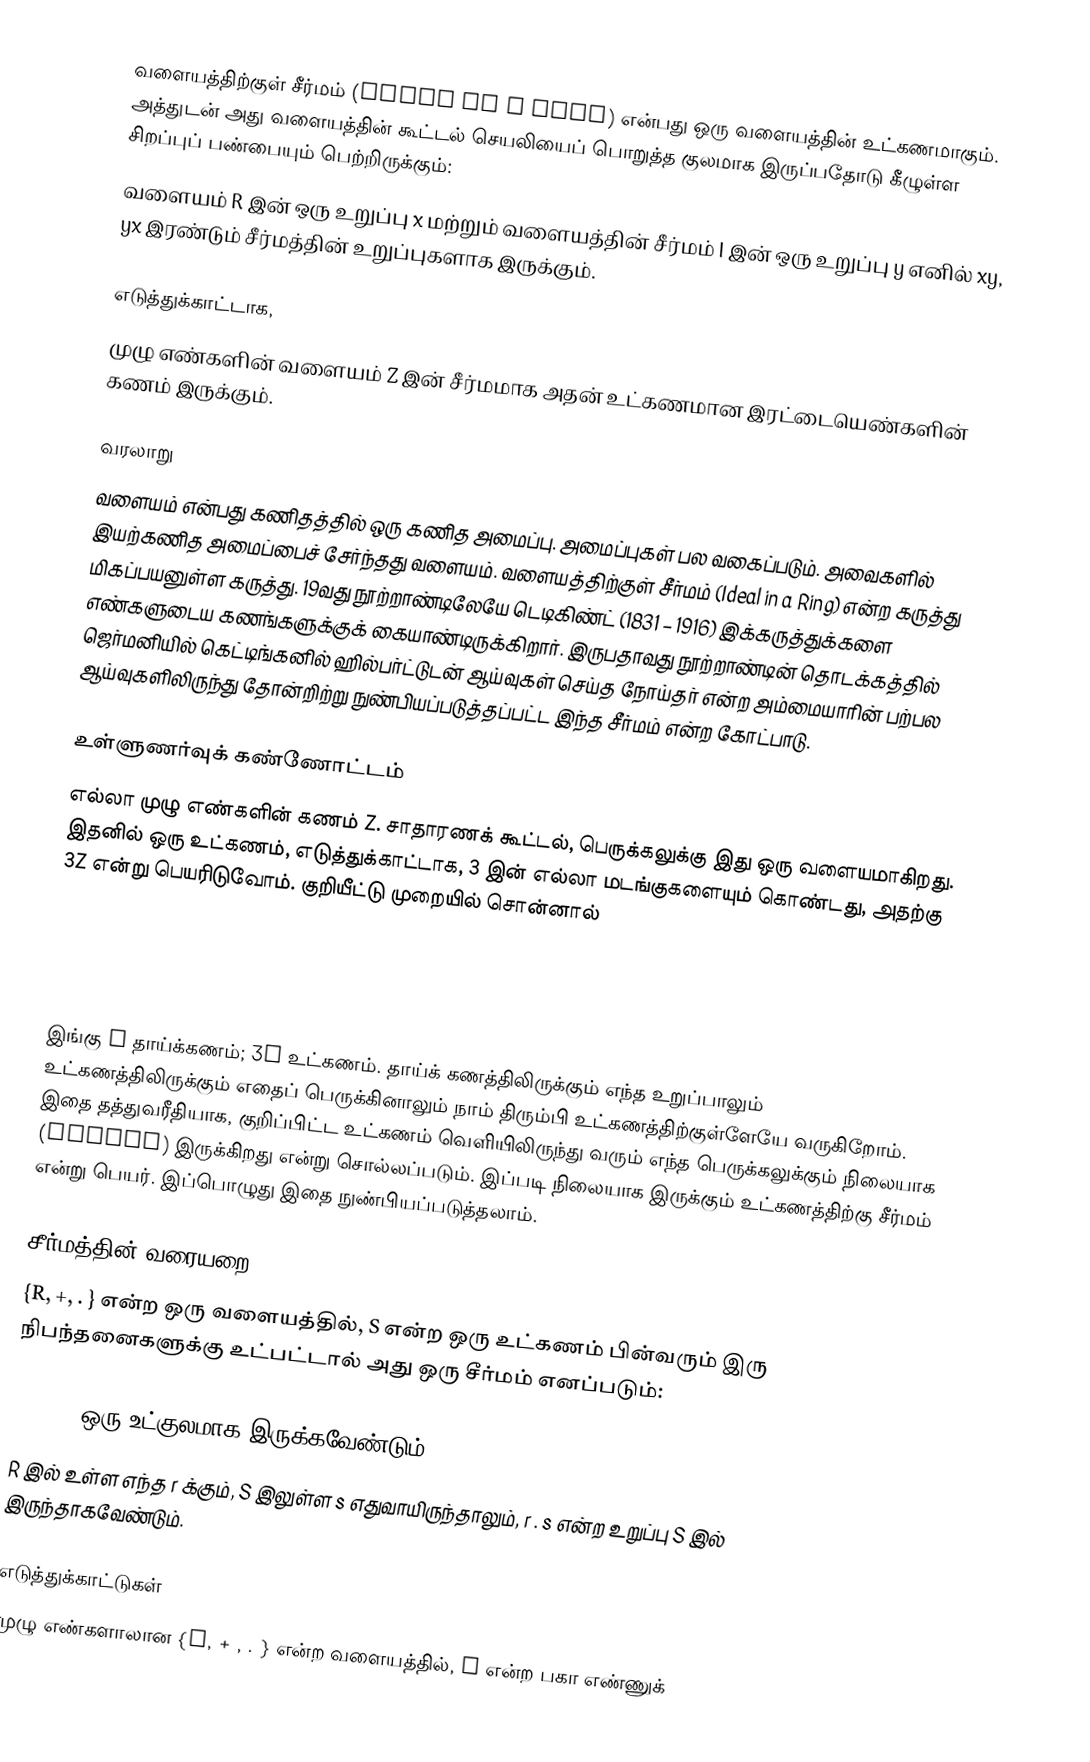
வளையத்திற்குள் சீர்மம் (Ideal in a Ring) என்பது ஒரு வளையத்தின் உட்கணமாகும். அத்துடன் அது வளையத்தின் கூட்டல் செயலியைப் பொறுத்த குலமாக இருப்பதோடு கீழுள்ள சிறப்புப் பண்பையும் பெற்றிருக்கும்:
வளையம் R இன் ஒரு உறுப்பு x மற்றும் வளையத்தின் சீர்மம் I இன் ஒரு உறுப்பு y எனில் xy, yx இரண்டும் சீர்மத்தின் உறுப்புகளாக இருக்கும்.

எடுத்துக்காட்டாக,
முழு எண்களின் வளையம் Z இன் சீர்மமாக அதன் உட்கணமான இரட்டையெண்களின் கணம் இருக்கும்.

வரலாறு
வளையம் என்பது கணிதத்தில் ஒரு கணித அமைப்பு. அமைப்புகள் பல வகைப்படும். அவைகளில் இயற்கணித அமைப்பைச் சேர்ந்தது வளையம். வளையத்திற்குள் சீர்மம்  (Ideal in a Ring) என்ற கருத்து மிகப்பயனுள்ள கருத்து. 19வது நூற்றாண்டிலேயே டெடிகிண்ட் (1831 – 1916) இக்கருத்துக்களை எண்களுடைய கணங்களுக்குக் கையாண்டிருக்கிறார். இருபதாவது நூற்றாண்டின் தொடக்கத்தில் ஜெர்மனியில் கெட்டிங்கனில் ஹில்பர்ட்டுடன் ஆய்வுகள் செய்த நோய்தர் என்ற அம்மையாரின் பற்பல ஆய்வுகளிலிருந்து தோன்றிற்று நுண்பியப்படுத்தப்பட்ட இந்த சீர்மம் என்ற கோட்பாடு.

உள்ளுணர்வுக் கண்ணோட்டம்
எல்லா முழு எண்களின் கணம் Z. சாதாரணக் கூட்டல், பெருக்கலுக்கு இது ஒரு வளையமாகிறது. இதனில் ஒரு உட்கணம், எடுத்துக்காட்டாக, 3 இன் எல்லா மடங்குகளையும் கொண்டது, அதற்கு 3Z என்று பெயரிடுவோம். குறியீட்டு முறையில் சொன்னால்

Z = { .... -3. -2, -1, 0, 1, 2, 3, .... }

3Z = { ... -9, -6, -3, 0, 3, 6, 9, ... } .

இங்கு Z தாய்க்கணம்; 3Z உட்கணம். தாய்க் கணத்திலிருக்கும் எந்த உறுப்பாலும் உட்கணத்திலிருக்கும் எதைப் பெருக்கினாலும் நாம் திரும்பி உட்கணத்திற்குள்ளேயே வருகிறோம். இதை தத்துவரீதியாக, குறிப்பிட்ட உட்கணம் வெளியிலிருந்து வரும் எந்த பெருக்கலுக்கும் நிலையாக (stable) இருக்கிறது என்று சொல்லப்படும். இப்படி நிலையாக இருக்கும் உட்கணத்திற்கு சீர்மம் என்று பெயர். இப்பொழுது இதை நுண்பியப்படுத்தலாம்.

சீர்மத்தின் வரையறை
{R, +, . } என்ற ஒரு வளையத்தில், S என்ற ஒரு உட்கணம் பின்வரும் இரு நிபந்தனைகளுக்கு உட்பட்டால் அது ஒரு சீர்மம் எனப்படும்:

 { S, +} ஒரு உட்குலமாக இருக்கவேண்டும்.
 R இல் உள்ள எந்த r க்கும், S இலுள்ள s எதுவாயிருந்தாலும், r . s என்ற உறுப்பு S இல் இருந்தாகவேண்டும்.

எடுத்துக்காட்டுகள்
முழு எண்களாலான {Z, + , . } என்ற வளையத்தில், p என்ற பகா எண்ணுக்